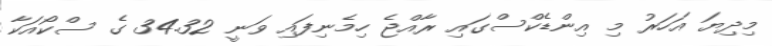
މިދިޔަ އަހަރު މި އިންޑެކްސްގައި ރާއްޖެ ހިމެނިފައި ވަނީ 34.32 ގެ ސްކޯއަކާ